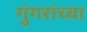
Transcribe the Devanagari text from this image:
गुंगरांच्या